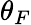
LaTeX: \theta_{F}